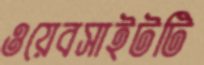
ওয়েবসাইটটি